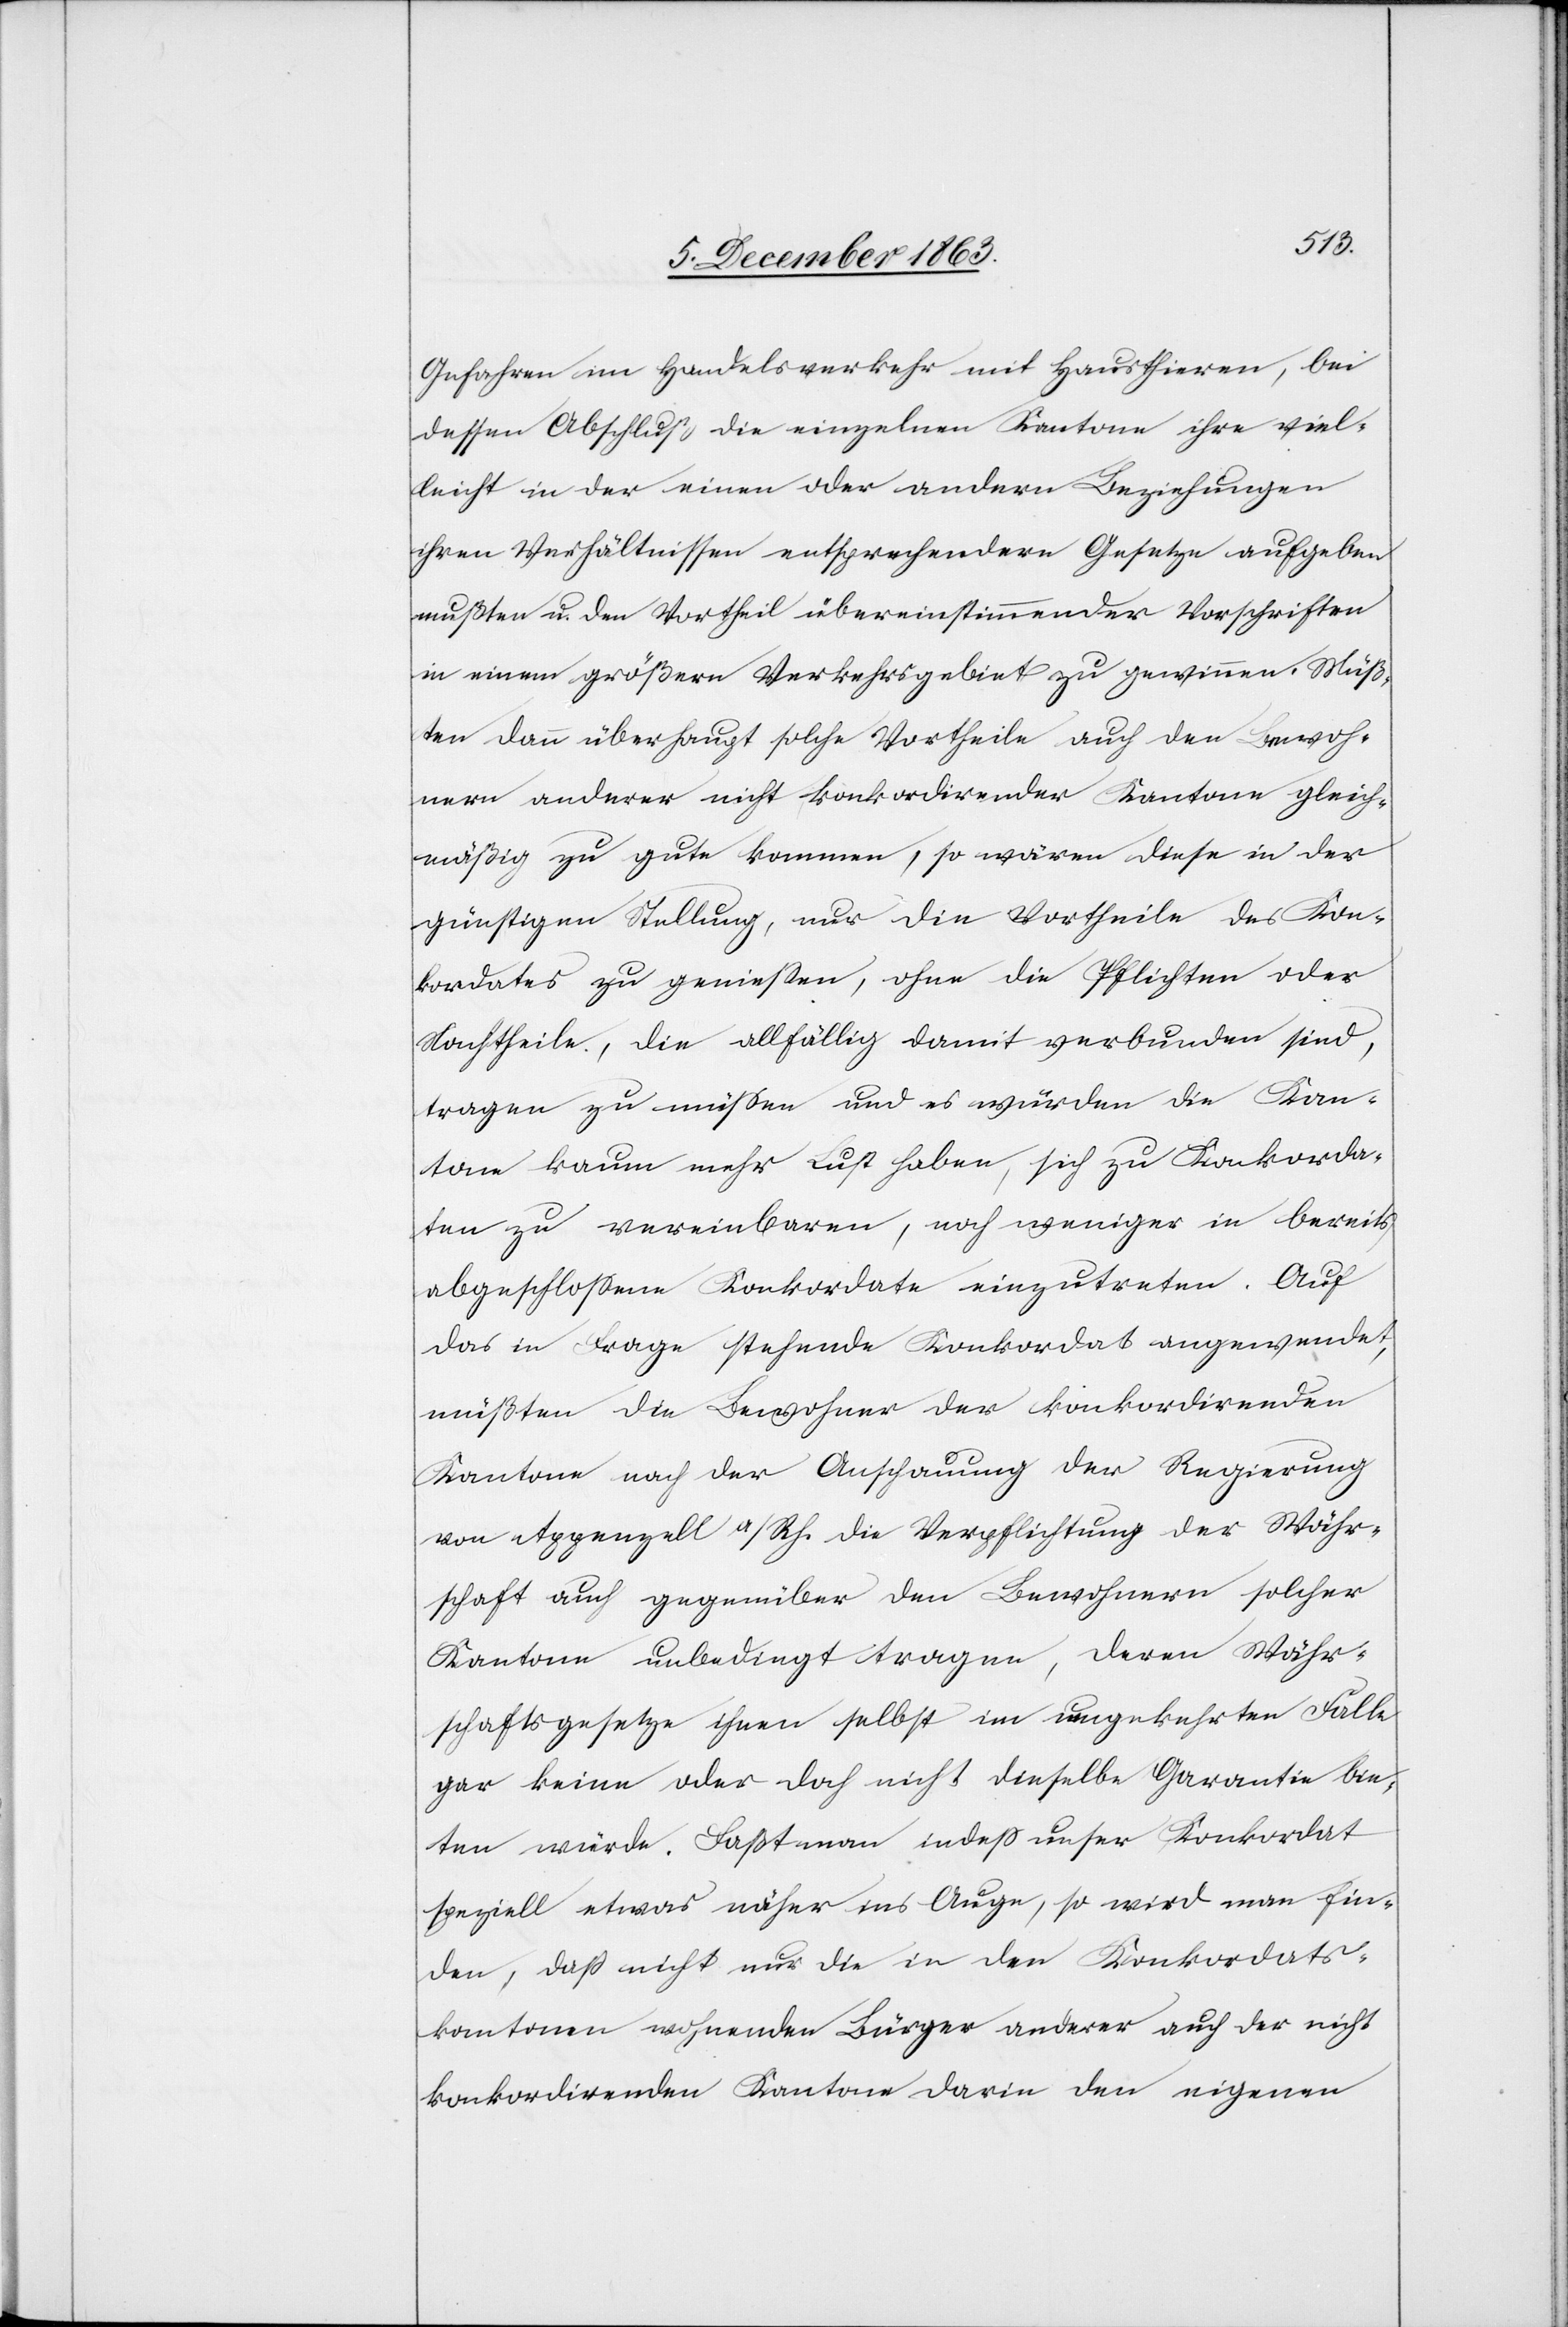
Gefahren im Handelsverkehr mit Hausthieren, bei
dessen Abschluß die einzelnen Kantone ihre viel¬
leicht in der einen oder andern Beziehungen
ihren Verhältnissen entsprechendere Gesetze aufgeben
mußten u. den Vortheil übereinstimmender Vorschriften
in einem größern Verkehrsgebiet zu gewinnen. Müß¬
ten dann überhaupt solche Vortheile auch den Bewoh¬
nern anderer nicht konkordirender Kantone gleich¬
mäßig zu gute kommen, so wären diese in der
günstigen Stellung, nur die Vortheile des Kon¬
kordates zu geniessen, ohne die Pflichten oder
Nachtheile, die allfällig damit verbunden sind,
tragen zu müssen und es würden die Kan¬
tone kaum mehr Lust haben, sich zu Konkorda¬
ten zu vereinbaren, noch weniger in bereits
abgeschlossene Konkordate einzutreten. Auf
das in Frage stehende Konkordat angewendet,
müßten die Bewohner der konkordirenden
Kantone nach der Anschauung der Regierung
von Appenzell a/Rh. die Verpflichtung der Währ¬
schaft auch gegenüber den Bewohnern solcher
Kantone unbedingt tragen, deren Währ¬
schaftsgesetze ihnen selbst im umgekehrten Falle
gar keine oder doch nicht dieselbe Garantie bie¬
ten würde. Faßt man indess unser Konkordat
speziell etwas näher ins Auge, so wird man fin¬
den, dass nicht nur die in den Konkordats¬
kantonen wohnenden Bürger anderer auch der nicht
konkordirenden Kantone darin den eigenen